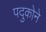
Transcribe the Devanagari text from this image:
पदुकोने